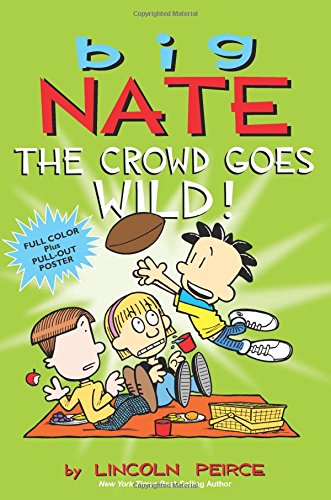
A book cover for Big Nate: The Crowd Goes Wild!; Lincoln Peirce; Children's Books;